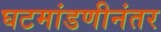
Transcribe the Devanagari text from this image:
घटमांडणीनंतर